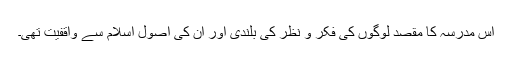
اس مدرسہ کا مقصد لوگوں کی فکر و نظر کی بلندی اور ان کی اصول اسلام سے واقفیت تھی۔